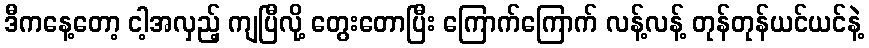
ဒီကနေ့တော့ ငါ့အလှည့် ကျပြီလို့ တွေးတောပြီး ကြောက်ကြောက် လန့်လန့် တုန်တုန်ယင်ယင်နဲ့